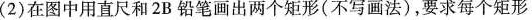
(2)在图中用直尺和2B铅笔画出两个矩形(不写画法)，要求每个矩形